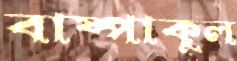
বাষ্পাকুল